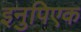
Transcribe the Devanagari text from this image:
इनुपिएक